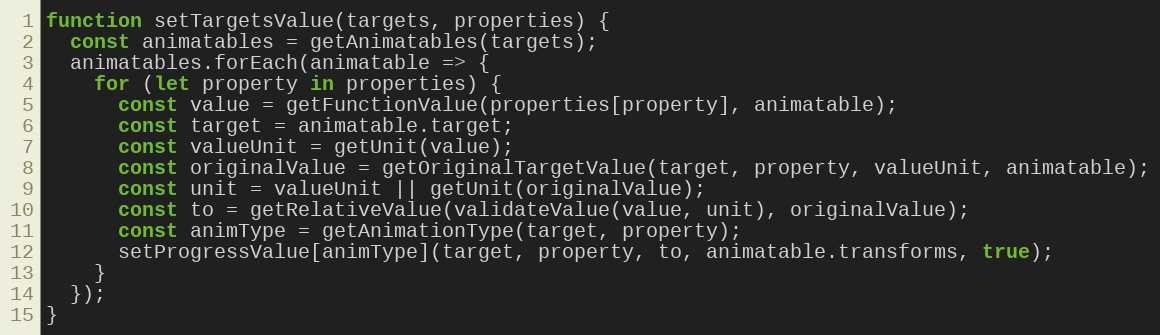
Language: JavaScript
function setTargetsValue(targets, properties) {
  const animatables = getAnimatables(targets);
  animatables.forEach(animatable => {
    for (let property in properties) {
      const value = getFunctionValue(properties[property], animatable);
      const target = animatable.target;
      const valueUnit = getUnit(value);
      const originalValue = getOriginalTargetValue(target, property, valueUnit, animatable);
      const unit = valueUnit || getUnit(originalValue);
      const to = getRelativeValue(validateValue(value, unit), originalValue);
      const animType = getAnimationType(target, property);
      setProgressValue[animType](target, property, to, animatable.transforms, true);
    }
  });
}